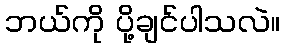
ဘယ်ကို ပို့ချင်ပါသလဲ။